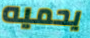
يحميه